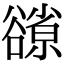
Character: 𧯊